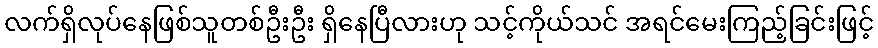
လက်ရှိလုပ်နေဖြစ်သူတစ်ဦးဦး ရှိနေပြီလားဟု သင့်ကိုယ်သင် အရင်မေးကြည့်ခြင်းဖြင့်